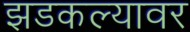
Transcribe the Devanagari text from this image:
झडकल्यावर